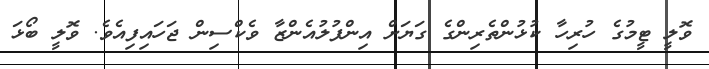
ވޮލީ ޓީމުގެ ހުރިހާ ކުޅުންތެރިންގެ ގަޔަށް އިންފުލުއެންޒާ ވެކްސިން ޖަހައިފިއެވެ. ވޮލީ ބޯޅަ